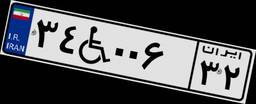
۳۴W۰۰۶۳۲